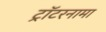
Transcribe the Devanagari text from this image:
ट्रॉटरनामा